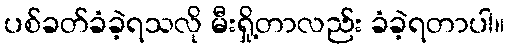
ပစ်ခတ်ခံခဲ့ရသလို မီးရှို့တာလည်း ခံခဲ့ရတာပါ။